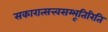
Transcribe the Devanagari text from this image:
सकारात्सत्त्वसम्भूतिरिति